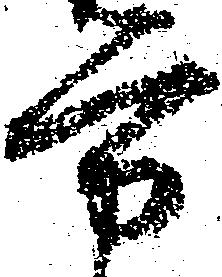
労